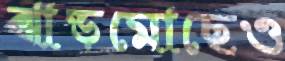
ঝাড়মোছেও